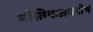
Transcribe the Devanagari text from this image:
भौतिकअवशेष